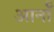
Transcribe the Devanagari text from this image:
आर्नॉ